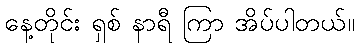
နေ့တိုင်း ရှစ် နာရီ ကြာ အိပ်ပါတယ်။